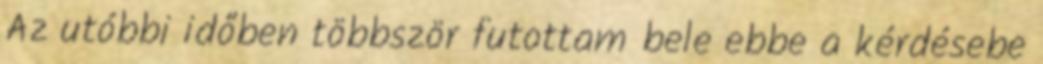
Az utóbbi időben többször futottam bele ebbe a kérdésebe